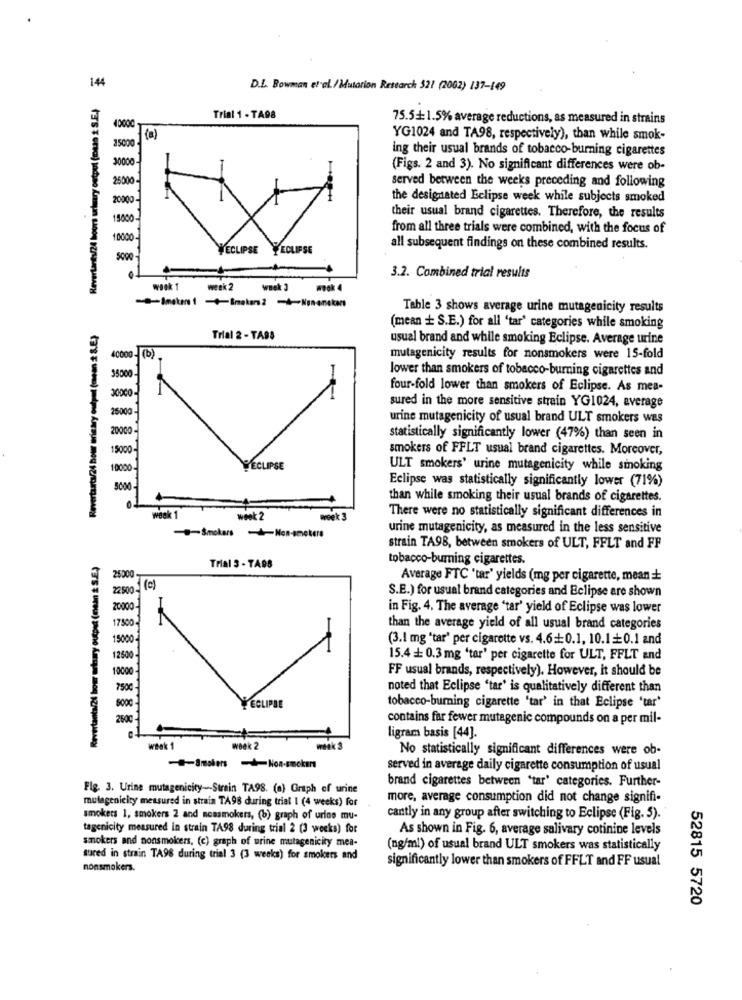
144
D.L. Bowman et al./Mutation Research 521 (2002) 137-149
Revertants/24 hours urlmary output (men 2 S.E.)
Trial 1 - TA98
75.5+1.5% average reductions, as measured in strains
42000
15000
(a)
YG1024 and TA98, respectively), than while smok-
ing their usual brands of tobacco-burning cigarettes
0000
(Figs. 2 and 3). No significant differences were ob-
26000
served between the weeks preceding and following
20000
the designated Eclipse week while subjects smoked
15000-
their usual brand cigarettes. Therefore, the results
from all three trials were combined, with the focus of
all subsequent findings on these combined results.
3.2. Combined trial results
week 1
week 2
Table 3 shows average urine mutagenicity results
(mean + S.E.) for all 'tar' categories while smoking
Trial 2 - TA98
usual brand and while smoking Eclipse. Average urine
mutagenicity results for nonsmokers were 15-fold
lower than smokers of tobacco-burning cigarettes and
3500
four-fold lower than smokers of Eclipse. As mea-
sured in the more sensitive strain YG1024, average
2500
urine mutagenicity of usual brand ULT smokers was
2000
statistically significantly lower (47%) than seen in
1500
smokers of FFLT usual brand cigarettes. Moreover,
1,000
PECLIPSE
ULT smokers' urine mutagenicity while smoking
Eclipse was statistically significantly lower (71%)
5000
than while smoking their usual brands of cigarettes.
week 1
week 2
weet 3
There were no statistically significant differences in
-Smokers Non-ameters
urine mutagenicity, as measured in the less sensitive
strain TA98, between smokers of ULT, FFLT and FF
Revirtanta/24 hour urinary output (mein & S.E.)
tobacco-burning cigarettes.
Trial 3 - TABS
25000
Average FTC 'tar' yields (mg per cigarette, mean +
2500-(e)
S.E.) for usual brand categories and Eclipse are shown
20000
in Fig. 4. The average 'tar' yield of Eclipse was lower
17500
than the average yield of all usual brand categories
15000
(3.1 mg "tar' per cigarette vs. 4.6+0.1. 10.1+0.1 and
12500
15.4 == 0.3 mg 'tar' per cigarette for ULT, FFLT and
10000
FF usual brands, respectively). However, it should be
7500
noted that Eclipse "tar' is qualitatively different than
YECLIPSE
800€
tobacco-burning cigarette 'tar' in that Eclipse 'tar'
2600
contains far fewer mutagenic compounds on a per mil-
ligram basis [44].
Week 1
Week 2
No statistically significant differences were ob-
served in average daily cigarette consumption of usual
brand cigarettes between "tar' categories. Further-
Fig. 3. Urine mutagenicity -- Strain TA98. (a) Graph of urine
mutagenicity measured in strain TA96 during trial I (4 weeks) for
more, average consumption did not change signifi-
smokers 1, smokers 2 and nossmokers, (b) graph of urine mu-
cantly in any group after switching to Eclipse (Fig. 5).
tagenicity measured in strain TA98 during trial 2 (3 weeks) for
As shown in Fig. 6, average salivary cotinine levels
smokers and nonsmokers, (c) graph of urine mutagenicity mea-
(ng/ml) of usual brand ULT smokers was statistically
sured in strain TA96 during trial 3 (3 weeks) for smokers and
significantly lower than smokers of FFLT and FF usual
nonsmokers.
52815 5720